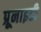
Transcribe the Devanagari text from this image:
प्रूनाइडी